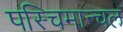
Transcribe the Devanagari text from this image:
पस्चिमान्चल